Elephants and their diseases
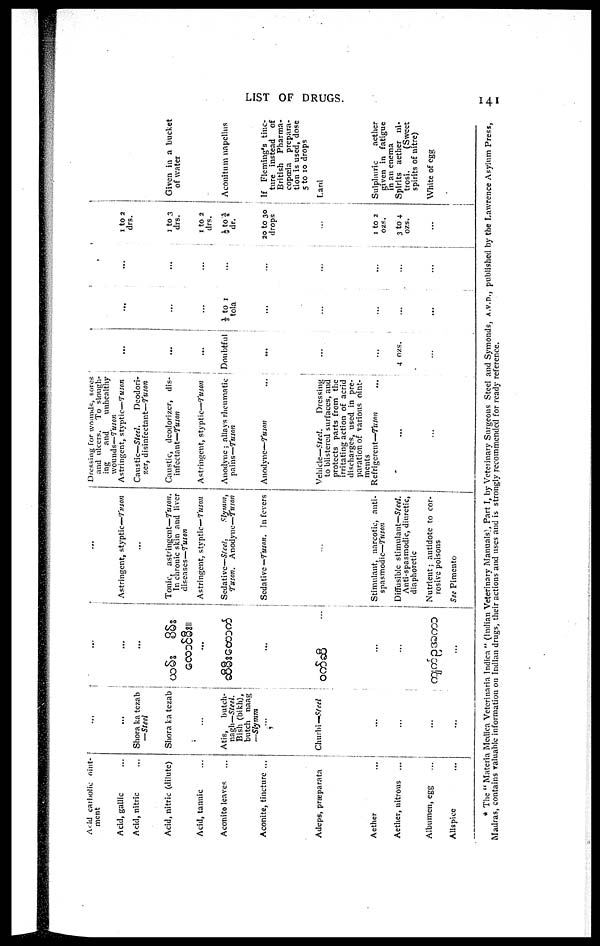
LIST OF DRUGS.
141
Acid carbolic oint
ment
Acid, gallic
Acid, nitric
Acid, nitric (dilute)
Acid, tannic
Aconite leaves
Aconite, tincture ...
Adeps, præparata
Aether
Aether, nitrous
Albumen, egg
Allspice
...
...
Shora ka tezab
—Steel
Shora ka tezab
...
Atis,
butch-
nagh—Steel.
Bish (bikh),
butch naag
—Slymm
Churlii—Steel
...
...
...
...
...
...
...
...
...
...
Astringent, styptic—Tuson
...
Tonic, astringent—Tuson.
In chronic skin and liver
diseases—Tuson
Astringent, styptic—Tuson
Sedative—Steel,
Slymm,
Tuson.
Anodyne—Tuson
Sedative —Tuson. In fevers
...
Stimulant, narcotic, anti-
spasmodic—Tuson
Diffusible stimulant—Steel.
Anti-spasmodic, diuretic,
diaphoretic
Nutrient ; antidote to cor-
rosive poisons
See Pimento
Dressing for wounds, sores
and ulcers. To slough-
ing
and
unhealthy
wounds—Tuson
Astringent, styptic—Tuson
Caustic—Steel.
Deodori-
zer, disinfectant—Tuson
Caustic, deodorizer, dis-
infectant—Tuson
Astringent, styptic—Tuson
Anodyne ; allays rheumatic
pains—Tuson
Anodyne—Tuson ...
Vehicle—Steel.
Dressing
to blistered surfaces, and
protects parts from the
irritating action of acrid
discharges, used in pre-
paration of various oint-
ments
Refrigerent—Tuson
...
...
...
...
Doubtful
...
...
...
4 ozs.
...
...
...
⅛ to 1
tola
....
...
...
...
...
...
...
...
...
...
..
...
...
1 to 2
drs.
1 to 3
drs.
1 to 2
drs.
½ to ¾
dr.
20 to 30
drops
...
1 to 2
ozs.
3 to 4
ozs.
Given in a bucket
of water
Aconitum napellus
If Fleming's tinc-
ture instead of
British
Pharma-
copoeia
prepara-
tion is used, dose
5 to 10 drops
l,arcl
Sulphuric
aether
given in fatigue
in an enema
Spirits aether ni-
trosi.
(Sweet
spirits of nitre)
White of egg
* The " Materia Medica Veterinaria Indica " (Indian Veterinary Manuals), Part I, by Veterinary Surgeons Steel and Symonds, A.V.D., published by the Lawrence Asylum Press,
Madras, contains valuable information on Indian drugs, their actions and uses and is strongly recommended for ready reference.